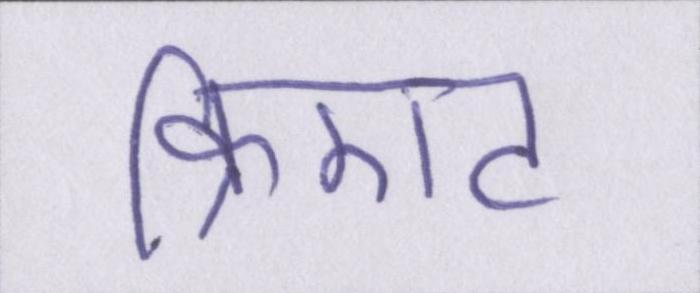
क्रिएट